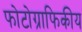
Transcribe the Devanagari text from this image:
फोटोग्राफिकीय